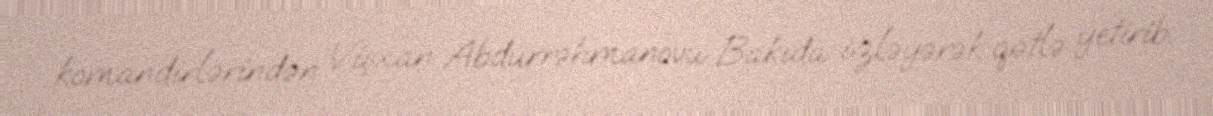
komandirlərindən Vişxan Abdurrəhmanovu Bakıda izləyərək qətlə yetirib.